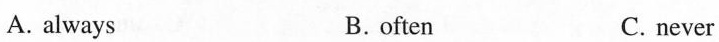
A. always B.often C. never